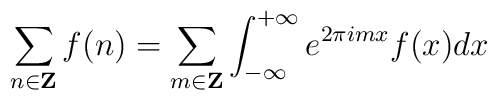
\sum_{n\in {\bf Z}}f(n)=\sum_{m\in{\bf Z}}\int_{-\infty}^{+\infty}e^{2\pi imx}f(x)dx